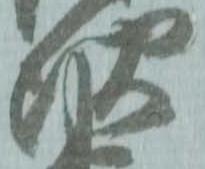
次